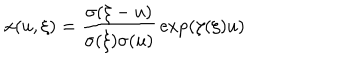
x ( u , \xi ) = { \frac { \sigma ( \xi - u ) } { \sigma ( \xi ) \sigma ( u ) } } \exp ( { \zeta ( \xi ) u } )